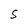
Character: S